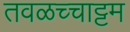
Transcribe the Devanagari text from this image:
तवळच्चाट्टम